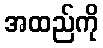
အထည်ကို